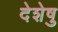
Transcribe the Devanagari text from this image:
देशेषु